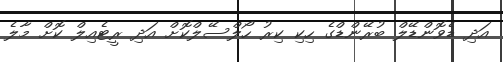
އަދި ޑެވޮންޑޭލް ބުރޭންޑްގެ ހިކި ކިރު ހޯލްސޭލްކޮށް އަދި ރީޓެއިލް ކޮށް މާލެ